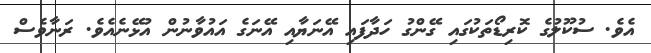
އެވެ. ސުކޫލުގެ ކޮރިޑޯތަކުގައި ގޭންގު ހަދާފައި އޭނަޔާއި އޭނަގެ އައުވާނުން އުޅޭނެއެވެ. ރަނާވެސް